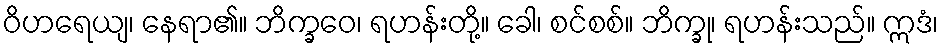
ဝိဟရေယျ၊ နေရာ၏။ ဘိက္ခဝေ၊ ရဟန်းတို့။ ခေါ၊ စင်စစ်။ ဘိက္ခု၊ ရဟန်းသည်။ ဣဒံ၊